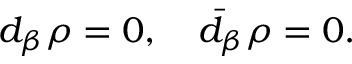
d _ { \beta } \rho = 0 , \quad \bar { d } _ { \beta } \rho = 0 .